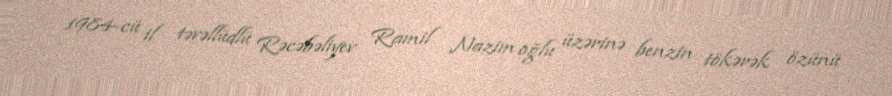
1984-cü il təvəllüdlü Rəcəbəliyev Ramil Nazim oğlu üzərinə benzin tökərək özünü